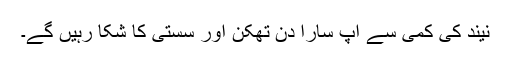
نیند کی کمی سے آپ سارا دن تھکن اور سستی کا شکا رہیں گے۔